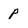
Character: p